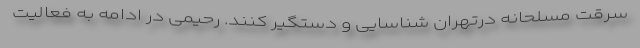
سرقت مسلحانه درتهران شناسایی و دستگیر کنند. رحیمی در ادامه به فعالیت